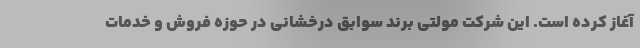
آغاز کرده است. این شرکت مولتی برند سوابق درخشانی در حوزه فروش و خدمات